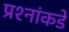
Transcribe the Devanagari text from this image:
प्रश्‍नांकडे